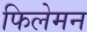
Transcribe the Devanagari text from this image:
फिलेमन